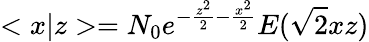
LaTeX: <x|z>=N_{0}e^{-\frac{z^{2}}2-\frac{x^{2}}2}E(\sqrt{2}xz)